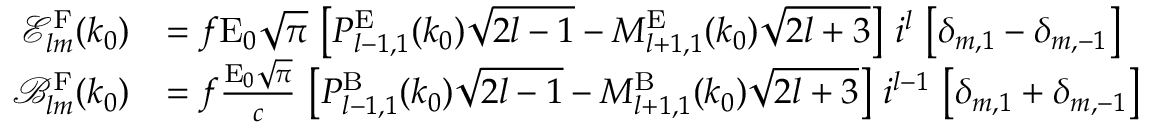
\begin{array} { r l } { \mathcal { E } _ { l m } ^ { \mathrm { F } } ( k _ { 0 } ) } & { = f \mathrm { E } _ { 0 } \sqrt { \pi } \, \left[ P _ { l - 1 , 1 } ^ { \mathrm { E } } ( k _ { 0 } ) \sqrt { 2 l - 1 } - M _ { l + 1 , 1 } ^ { \mathrm { E } } ( k _ { 0 } ) \sqrt { 2 l + 3 } \right] \, i ^ { l } \, \left[ \delta _ { m , 1 } - \delta _ { m , - 1 } \right] } \\ { \mathcal { B } _ { l m } ^ { \mathrm { F } } ( k _ { 0 } ) } & { = f \frac { \mathrm { E } _ { 0 } \sqrt { \pi } } { c } \, \left[ P _ { l - 1 , 1 } ^ { \mathrm { B } } ( k _ { 0 } ) \sqrt { 2 l - 1 } - M _ { l + 1 , 1 } ^ { \mathrm { B } } ( k _ { 0 } ) \sqrt { 2 l + 3 } \right] \, i ^ { l - 1 } \, \left[ \delta _ { m , 1 } + \delta _ { m , - 1 } \right] } \end{array}